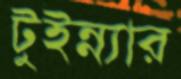
টুইন্ন্যার